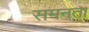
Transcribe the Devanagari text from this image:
समनता